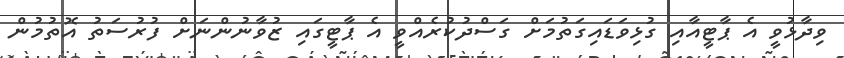
ވިދާޅުވީ އެ ޕާޓީއާއި ގުޅިވަޑައިގަތުމަށް ގަސްދުކުރެއްވީ އެ ޕާޓީގައި ޒުވާނުންނަށް ފުރުސަތު އޮތުމުން